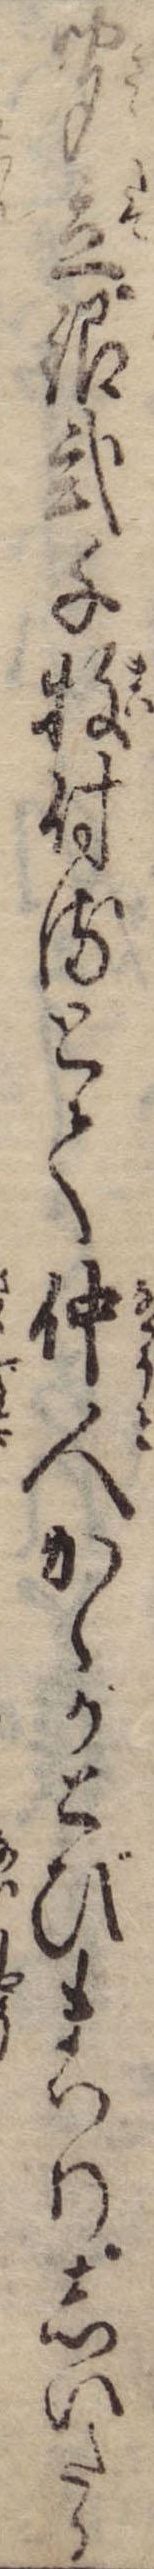
聞立銀弐千牧付るとて仲人かゝかとびまはりしいたら